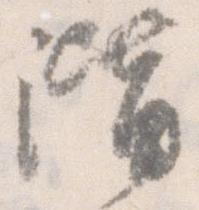
階